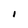
Character: I